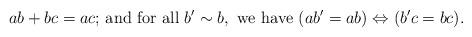
LaTeX: \begin{align*}\mbox{ $ab+bc=ac$; and for all } b'\sim b, \mbox{ we have } (ab'=ab) \Leftrightarrow (b'c =bc).\end{align*}